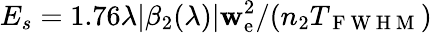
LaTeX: E_{s}=1.76\lambda\lvert\beta_{2}(\lambda)\rvert\mathbf{w}_{\mathrm{e}}^{2}/(n_{2}T_{\mathrm{{~F~W~H~M~}}})